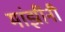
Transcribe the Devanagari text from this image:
मांझींनी